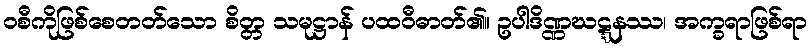
ဝစီကိုဖြစ်စေတတ်သော စိတ္တ သမုဋ္ဌာန် ပထဝီဓာတ်၏။ ဥပါဒိဏ္ဏဃဋ္ဋနဿ၊ အက္ခရာဖြစ်ရာ